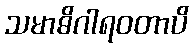
သမာဓိဂါရဝတာပိ